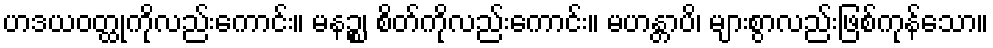
ဟဒယဝတ္ထုကိုလည်းကောင်း။ မနဉ္စ၊ စိတ်ကိုလည်းကောင်း။ မဟန္တာပိ၊ များစွာလည်းဖြစ်ကုန်သော။